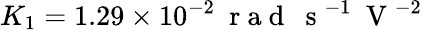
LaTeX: K_{1}=1.29\times 10^{-2}~\mathrm{~r~a~d~}~\mathrm{~s~}^{-1}~\mathrm{~V~}^{-2}